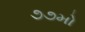
૭૭મો